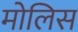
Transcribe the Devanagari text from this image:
मोलिस